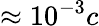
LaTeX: \approx 10^{-3}c